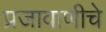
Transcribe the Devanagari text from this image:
प्रजावाणीचे